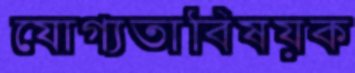
যোগ্যতাবিষয়ক